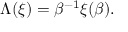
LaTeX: \Lambda ( \xi ) = \beta ^ { - 1 } \xi ( \beta ) .